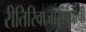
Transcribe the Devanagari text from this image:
रीतिरिवाजासंबंधीची